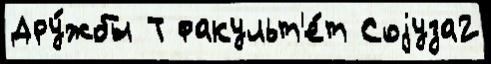
Дру́жбы Т факульт'е́т Соjуза2